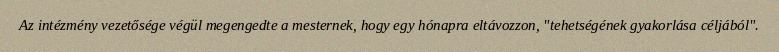
Az intézmény vezetősége végül megengedte a mesternek, hogy egy hónapra eltávozzon, "tehetségének gyakorlása céljából".